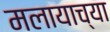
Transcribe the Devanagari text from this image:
मलायाच्या